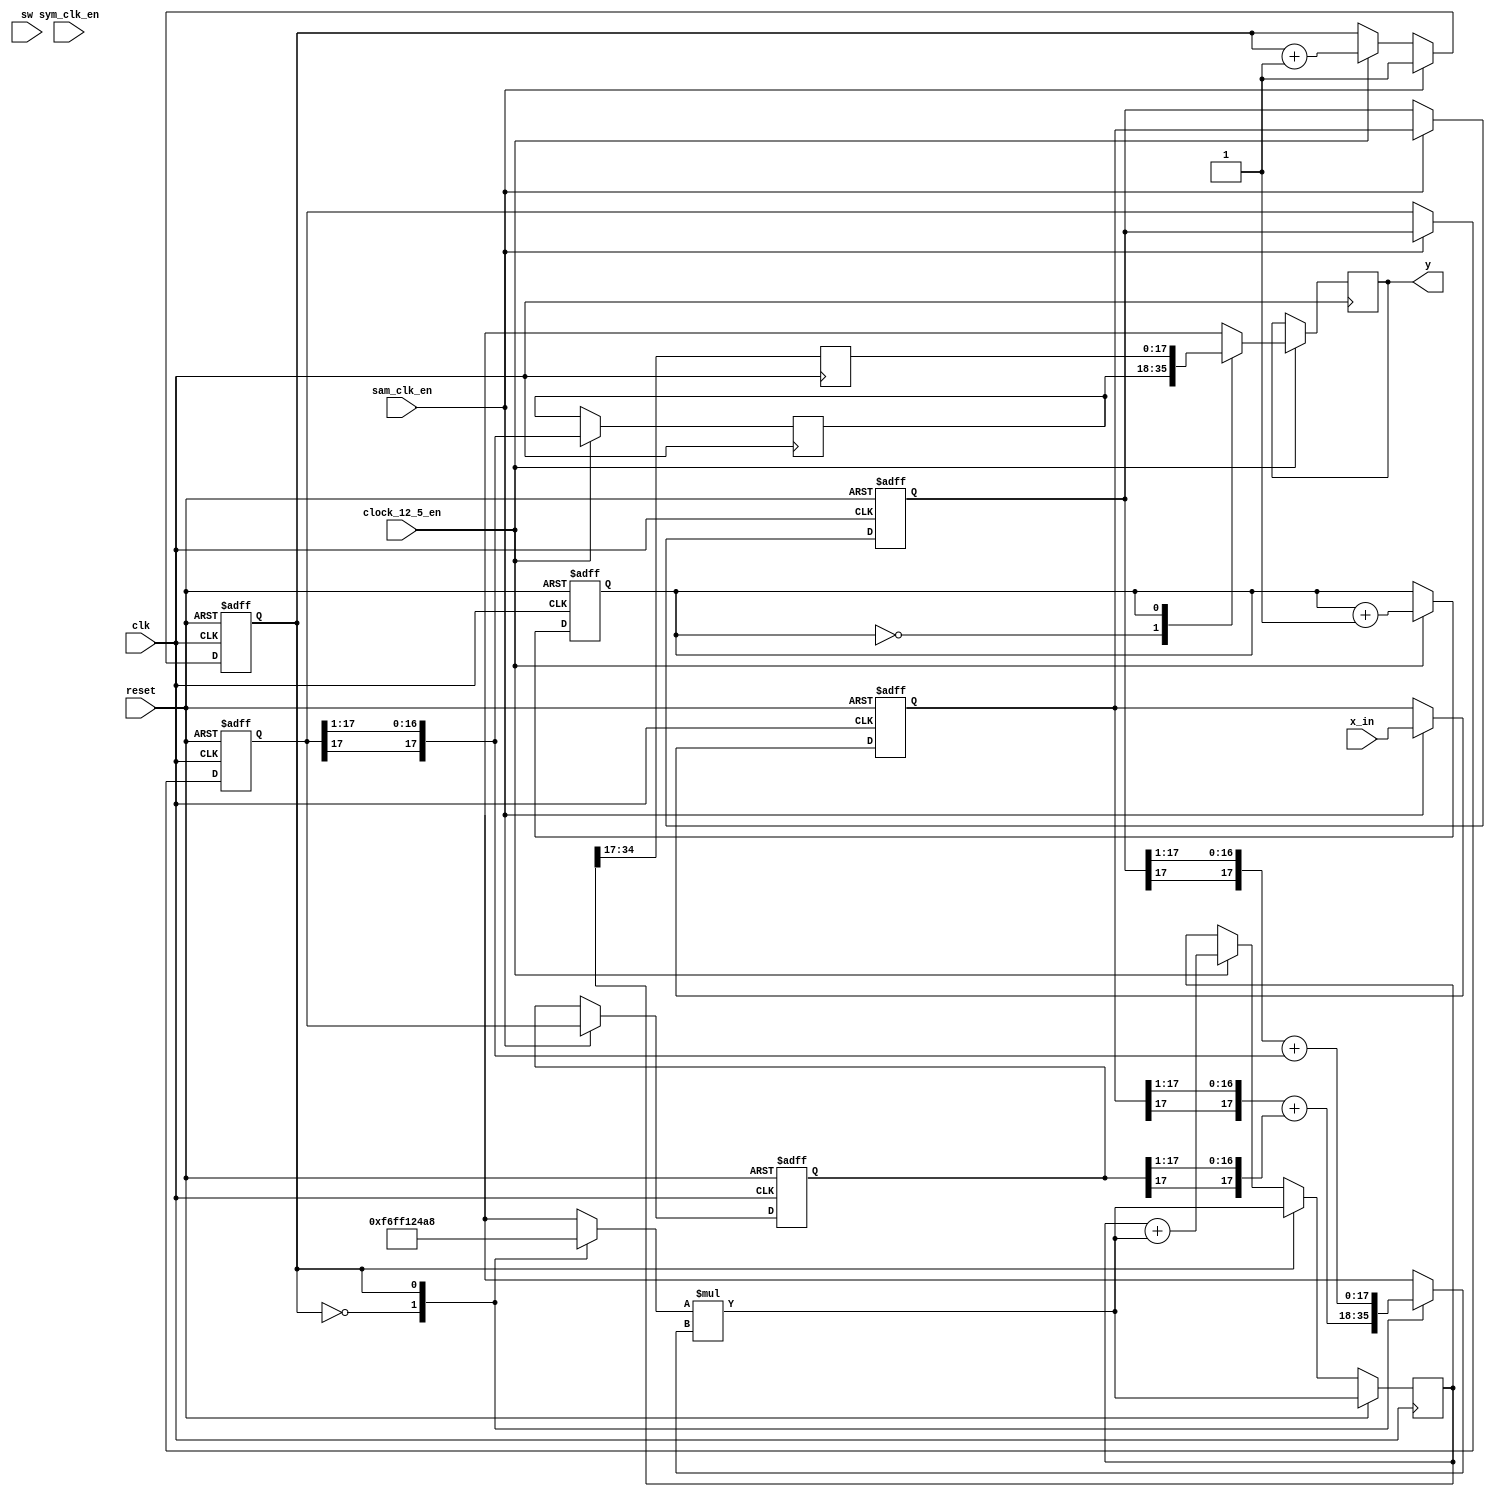
module halfband_filter_interp(
    input clk, reset, sym_clk_en, sam_clk_en, clock_12_5_en,
							input [1:0] sw,
                    input signed [17:0] x_in, //1s17
                    output reg signed [17:0] y //1s17);
);

reg signed [17:0] y1, y2_acc_delay, y2_acc_delay2;
reg signed [35:0] y2, y2_acc;// 2s34
reg counter, counter_lpf;
// inputs
reg signed [17:0] x[3:0]; // 1s17
integer i;
// coefficients
reg signed [17:0] h_mult, x_mult; // 0s18 and 1s17
wire signed [17:0] h3, h1; // 0s18
reg signed [17:0] h3_in, h1_in; // 2s16
reg signed [35:0] h3_out, h1_out; // 2s34
assign h3 = 18'sd 74920; // 0s18
assign h1 = -18'sd 9220; // 0s18


always @ (posedge clk or posedge reset)
    if(reset)
        x[0] <= 18'sd0;
    
    else if(sam_clk_en)
        x[0] <= x_in;
    else
        x[0] <= x[0];


always @ (posedge clk or posedge reset)
    if(reset)
        for(i=1; i < 4; i = i+1)
            x[i] <= 18'sd0;
    else if (sam_clk_en)
        for(i=1; i < 4; i = i+1)
            x[i] <= x[i-1];
    else
        for(i = 1; i < 4; i = i+1)
            x[i] <= x[i];   

// filter 1
always @ (posedge clk)
    if(clock_12_5_en)
    y1 = x[2] >>> 1;

// filter 2
always @ *
    h3_in = {x[1][17], x[1][17:1]} + {x[2][17], x[2][17:1]}; //2s16

always @ *
    h1_in = {x[0][17], x[0][17:1]} + {x[3][17], x[3][17:1]}; //2s16


always @ *//(posedge clk)
    y2 = h_mult*x_mult;

// reg signed [35:0] y2_delay;
// always @ (posedge clk)
//     if (clock_12_5_en)
//         y2_delay = y2;
// always @ *
//     h3_out = h3 * h3_in; // 2s34

// always @ *
//     h1_out = h1 * h1_in; //2s34

// accumulator
always @ (posedge clk)
    if(reset)
        y2_acc <= y2;
    else if (counter_lpf == 1'b1)
        y2_acc <= y2;
    else if(clock_12_5_en)
        y2_acc <= y2_acc + y2;
    else
        y2_acc <= y2_acc;
always @ (posedge clk)
    y2_acc_delay <= y2_acc[34:17];

// always @ (posedge clk)
//     y2_acc_delay2  <= y2_acc_delay;
// always @ *// (posedge clk)
//     y2 = h1_out + h3_out; // 2s34

// output and counter
always @ (posedge clk or posedge reset)
    if(reset)
        counter <= 1'b1;
    else if(clock_12_5_en)
        counter <= counter + 1'b1;
    else
        counter <= counter;

always @ (posedge clk or posedge reset)
    if(reset)
        counter_lpf <= 1'd1;
    else if (sam_clk_en)
        counter_lpf <= 1'd1;
    else if (clock_12_5_en)
        counter_lpf <= counter_lpf + 1'd1;
    else
        counter_lpf <= counter_lpf;

always @ *
    begin
        case(counter_lpf)
        1'b0: h_mult = h1;
        1'b1: h_mult = h3;
        default: h_mult = h1;
    endcase
    end


always @ *
    begin
        case(counter_lpf)
        1'b0: x_mult = h1_in;
        1'b1: x_mult = h3_in;
        default: x_mult = h1_in;
    endcase
    end
    

reg signed [17:0] y_delay;
always @ *
begin
    case(counter)
        1'b0: y_delay = y1;
        1'b1: y_delay = y2_acc_delay;//y2_acc_delay[34:17];
        default: y_delay = y1;
    endcase
end

always @ (posedge clk)
    if(clock_12_5_en)
        y <= y_delay;



endmodule